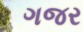
ગજર